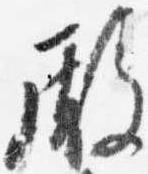
殿